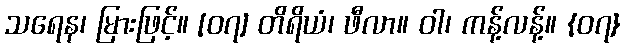
သရေန၊ မြားဖြင့်။ [၀၇] တိရိယံ၊ ဖီလာ။ ဝါ၊ ကန့်လန့်။ {၀၇}